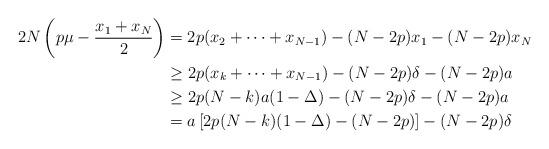
LaTeX: \begin{align*}2N \left(p\mu-\frac{x_1+x_N}2\right)&=2p(x_2+\dots +x_{N-1})-(N-2p)x_1-(N-2p) x_N \\& \ge 2p(x_k+\dots +x_{N-1})-(N-2p)\delta -(N-2p) a\\& \ge 2p(N-k)a(1-\Delta)-(N-2p)\delta -(N-2p) a\\&=a\left[2p(N-k)(1-\Delta)-(N-2p) \right]-(N-2p)\delta\end{align*}